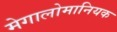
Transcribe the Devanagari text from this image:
मेगालोमानियक